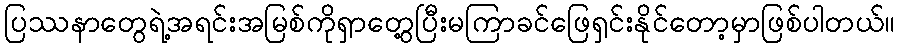
ပြဿနာတွေရဲ့အရင်းအမြစ်ကိုရှာတွေ့ပြီးမကြာခင်ဖြေရှင်းနိုင်တော့မှာဖြစ်ပါတယ်။